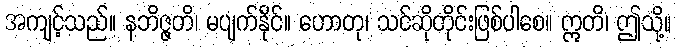
အကျင့်သည်။ နဘိဇ္ဇတိ၊ မပျက်နိုင်။ ဟောတု၊ သင်ဆိုတိုင်းဖြစ်ပါစေ။ ဣတိ၊ ဤသို့။